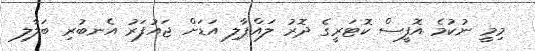
މިމީ ނުކުމެ އޮފީސް ކޮޓަރީގެ ދޮރު ލައްޕާލި އަޑަށް ޖައުފަރު އެނބުރި ބަލާލި